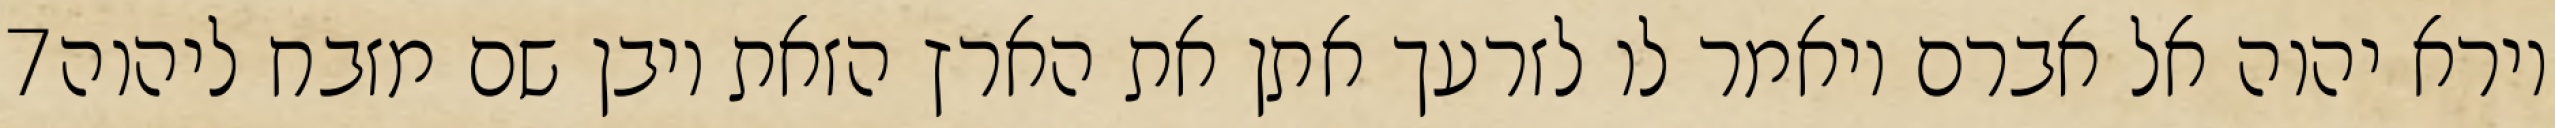
‎7‏ וירא יהוה אל אברם ויאמר לו לזרעך אתן את הארץ הזאת ויבן שם מזבח ליהוה